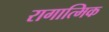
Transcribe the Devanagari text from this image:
रागात्मिक